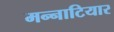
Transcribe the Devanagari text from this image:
मन्नाटियार